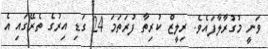
ވަނީ މުގުރާލާފައެވެ. ރިލީޒް ކުރިތާ ފުރަތަމަ 24 ގަޑި އިރުގެ ތެރޭގައި އެ